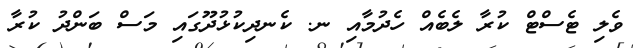
ވެލި ޓެސްޓް ކުރާ ލެބެއް ހެދުމާއި ނ. ކެނދިކުޅުދޫގައި މަސް ބަންދު ކުރާ